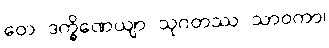
တေ ဒက္ခိဏေယျာ သုဂတဿ သာဝကာ၊